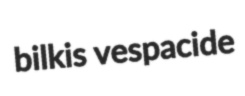
bilkis vespacide